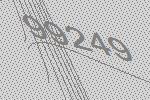
99249